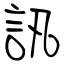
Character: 訊